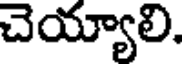
చెయ్యాలి.